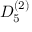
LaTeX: { D } _ { 5 } ^ { ( 2 ) }